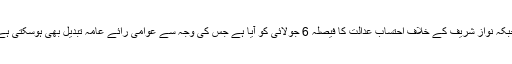
واضح رہے کہ یہ سروے 13 جون سے 4 جولائی کے عرصے کے دوران کیا گیا ہے جبکہ نواز شریف کے خلاف احتساب عدالت کا فیصلہ 6 جولائی کو آیا ہے جس کی وجہ سے عوامی رائے عامہ تبدیل بھی ہوسکتی ہے جبکہ الیکشن سے پہلے نواز شریف کی واپسی بھی عوامی رائے عامہ پر اثر انداز ہوگی۔